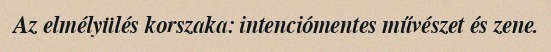
Az elmélyülés korszaka: intenciómentes művészet és zene.